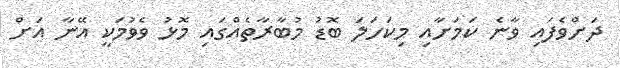
ދަށްވެފައި ވާނެ ކަމަށާއި މިކަހަލަ ބޮޑު މުބާރާތެއްގައި މޮޅު ވެވުމަކީ އޭނާ އަށް